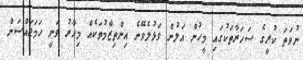
ނުވަތަ ކުރީގެ ސަހަރާތަކުގައި މީހުން އަލުން ވަޅުލެވޭނެ އިންތިޒާމުތަކެއް މިހާރު ވަނީ ހަމަޖައްސަން